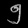
Digit: ၅